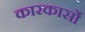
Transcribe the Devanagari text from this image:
कारकार्सो